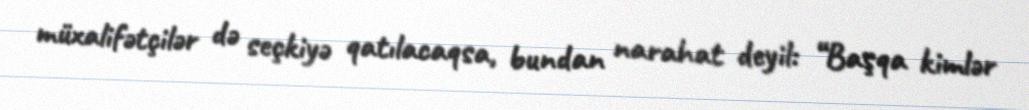
müxalifətçilər də seçkiyə qatılacaqsa, bundan narahat deyil: “Başqa kimlər